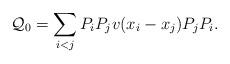
LaTeX: \begin{align*}\mathcal Q_0 = \sum_{i<j} P_i P_j v(x_i-x_j) P_j P_i.\end{align*}